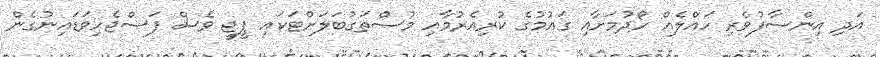
އަދި އިންސާފުވެރި ހައްލެއް ހޯދުމަށާއި ގައުމުގެ ކުރިއެރުމާއި މުސްތަގުބަލަށްޓަކައި ޕީޖީ ވެސް ފަސްޖެހިވަޑައިނުގެން